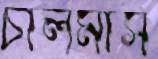
চালমার্স